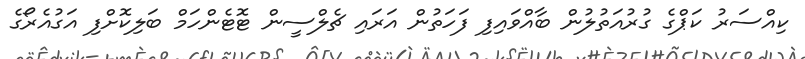
ކިއްސަރު ކަޕްގެ ގުރުއަތުލުން ބާއްވައިފި ފަހަތުން އަރައި ޗެލްސީން ޓޮޓެންހަމް ބަލިކޮށްފި އަގުއެރޯގެ